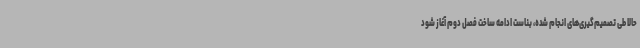
حالا طی تصمیم‌گیری‌های انجام شده، بناست ادامه ساخت فصل دوم آغاز شود